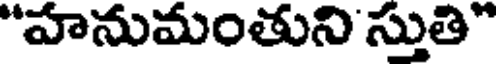
"హనుమంతుని స్తుతి"